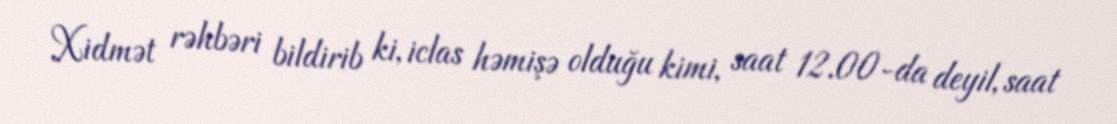
Xidmət rəhbəri bildirib ki, iclas həmişə olduğu kimi, saat 12.00-da deyil, saat